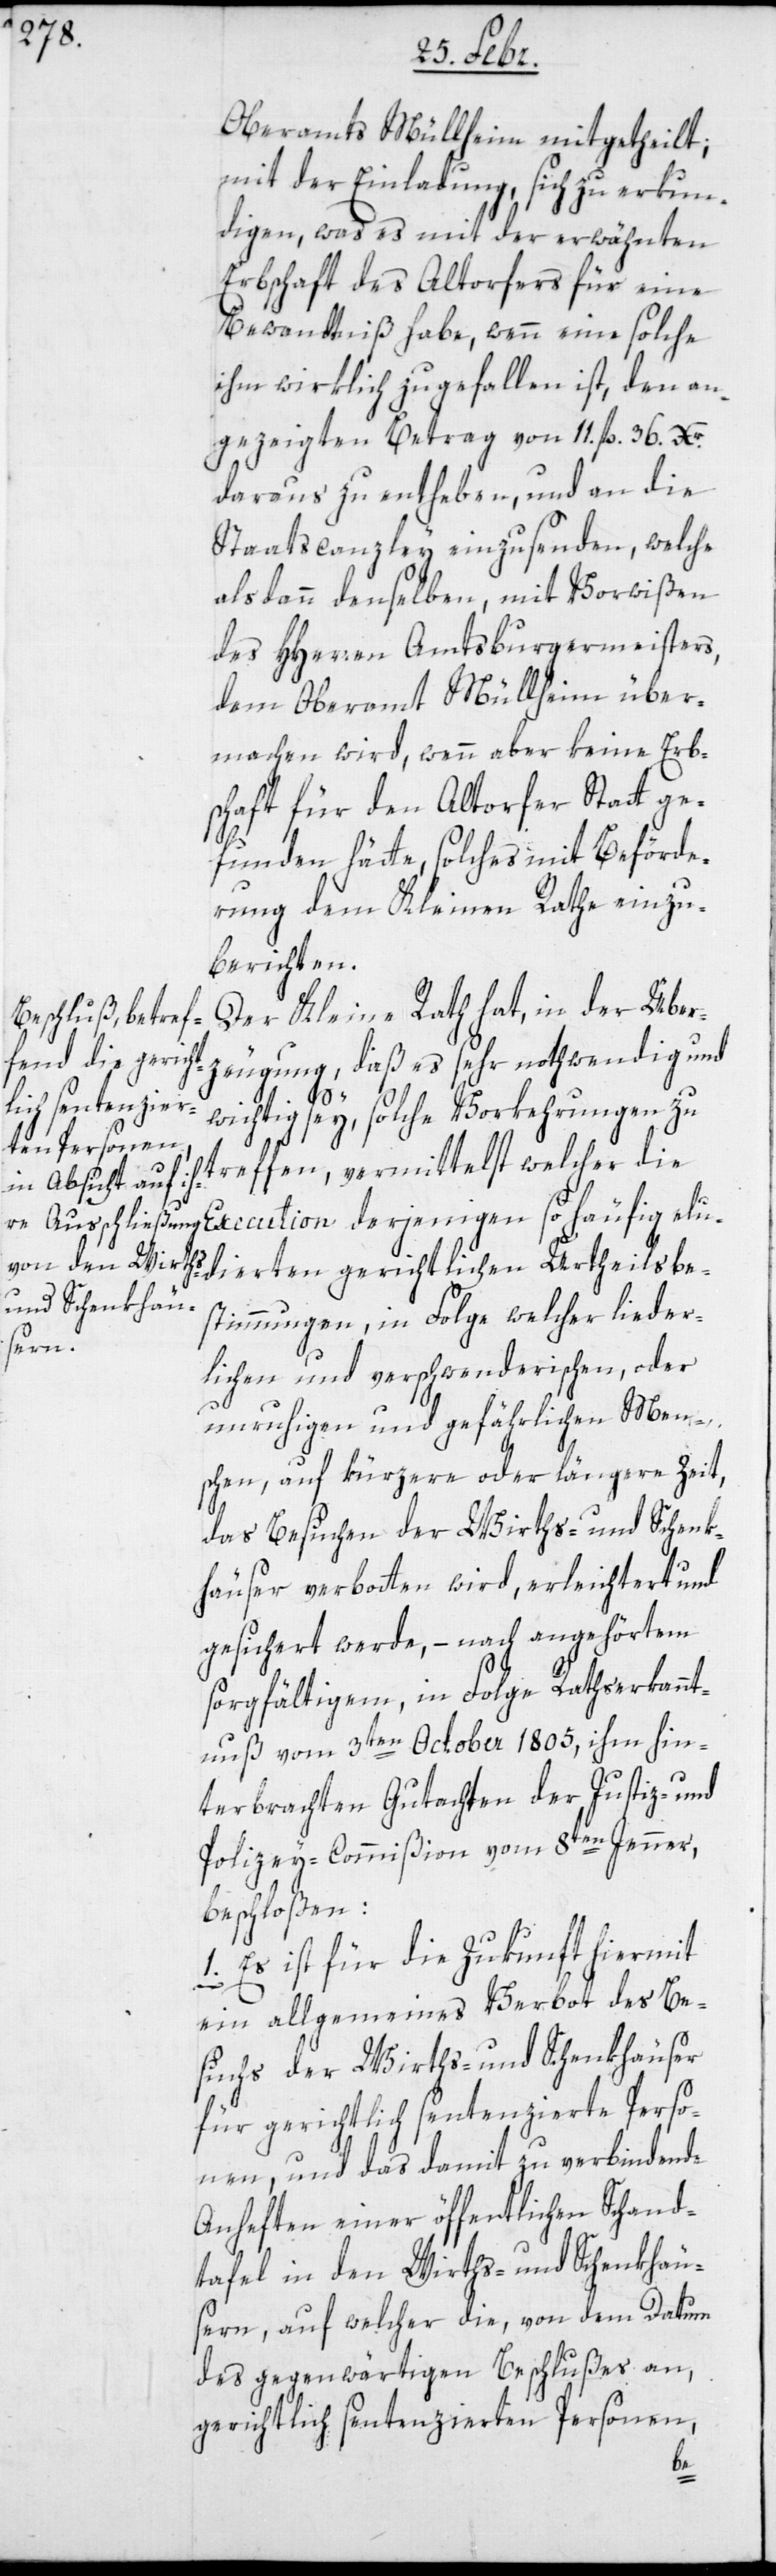
Oberamts Müllheim mitgetheilt;
mit der Einladung, sich zu erkun¬
digen, was es mit der erwähnten
Erbschaft des Altorfers für eine
Bewandtniß habe, wenn eine solche
ihm wirklich zugefallen ist, den an¬
gezeigten Betrag von 11 fl. 36. Xr.
daraus zu entheben, und an die
Staatscanzley einzusenden, welche
alsdann denselben mit Vorwißen
des HHerren Amtsburgermeisters,
dem Oberamt Müllheim über¬
machen wird, wenn aber keine Erb¬
schaft für den Altorfer Statt ge¬
funden hätte, solches mit Beförde¬
rung dem Kleinen Rathe einzu¬
berichten.
Der Kleine Rath hat, in der Über¬
zeugung, daß es sehr nothwendig und
so
wichtig sey, solche Vorkehrungen zu
treffen, vermittelst welcher die
stimmungen, in Folge welcher lieder¬
lichen und verschwenderischen, oder
unruhigen und gefährlichen Men¬
schen, auf kürzere oder längere Zeit,
das Besuchen der Wirths- und Schenk¬
häuser verbotten wird, erleichtert und
gesichert werde, – nach angehörtem
sorgfältigem, in Folge Rathserkannt¬
nuß vom 3ten October 1805, ihm hin¬
terbrachten Gutachten der Justiz- und
Polizey-Commißion vom 8ten Jenner,
beschloßen:
1. Es ist für die Zukunft hiermit
Urtheilsbe¬
ein allgemeines Verbott des Be¬
suchs der Wirths- und Schenkhäuser
für gerichtlich sentenzierte Perso¬
nen, und das damit zu verbindende
Anheften einer öffentlichen Schand¬
tafel in den Wirths- und Schenkhäus¬
ern, auf welche die, von dem Datum
des gegenwärtigen Beschlußes an,
gerichtlich sentenzierten Personen,